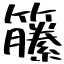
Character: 籘